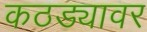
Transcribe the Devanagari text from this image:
कठड्यावर